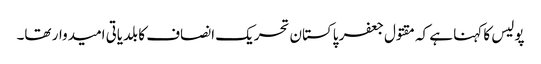
پولیس کا کہنا ہے کہ مقتول جعفر پاکستان تحریک انصاف کا بلدیاتی امیدوار تھا۔